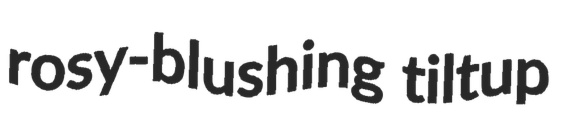
rosy-blushing tiltup